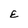
Character: E